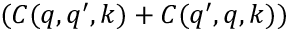
( C ( q , q ^ { \prime } , k ) + C ( q ^ { \prime } , q , k ) )